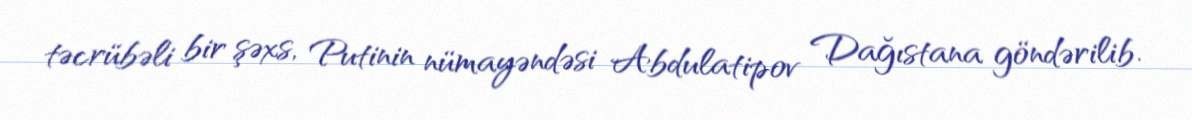
təcrübəli bir şəxs, Putinin nümayəndəsi Abdulatipov Dağıstana göndərilib.